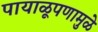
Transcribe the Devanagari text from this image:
पायाळूपणामुळे